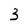
Character: 3